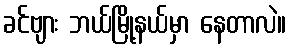
ခင်ဗျား ဘယ်မြို့နယ်မှာ နေတာလဲ။